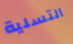
التسلية